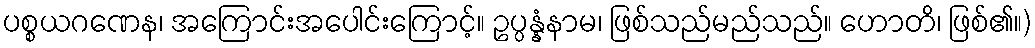
ပစ္စယဂဏေန၊ အကြောင်းအပေါင်းကြောင့်။ ဥပ္ပန္နံနာမ၊ ဖြစ်သည်မည်သည်။ ဟောတိ၊ ဖြစ်၏။)